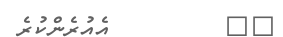
٩٩         އެއުރެންކުރެ